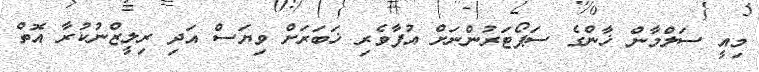
މިއީ ސަލްމާން ޚާންގެ ސަޕޯޓަރުންނަށް އުފާވެރި ޚަބަރަށް ވިޔަސް އަދި ރިލީޒްނުކުރާ އޮތް